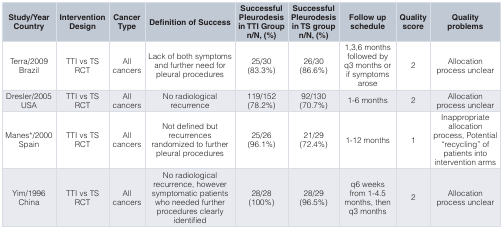
| Study/YearCountry | InterventionDesign | CancerType | Definition of Success | SuccessfulPleurodesisin TTI Groupn/N, (%) | SuccessfulPleurodesisin TS groupn/N, (%) | Follow upschedule | Qualityscore | Qualityproblems |
 | --- | --- | --- | --- | --- | --- | --- | --- | --- |
 | Terra/2009Brazil | TTI vs TSRCT | Allcancers | Lack of both symptomsand further need forpleural procedures | 25/30(83.3%) | 26/30(86.6%) | 1,3,6 monthsfollowed byq3 months orif symptomsarose | 2 | Allocationprocess unclear |
 | Dresler/2005USA | TTI vs TSRCT | Allcancers | No radiologicalrecurrence | 119/152(78.2%) | 92/130(70.7%) | 1-6 months | 2 | Allocationprocess unclear |
 | Manes*/2000Spain | TTI vs TSRCT | Allcancers | Not defined butrecurrencesrandomized to furtherpleural procedures | 25/26(96.1%) | 21/29(72.4%) | 1-12 months | 1 | Inappropriateallocationprocess, Potential“recycling” ofpatients intointervention arms |
 | Yim/1996China | TTI vs TSRCT | Allcancers | No radiologicalrecurrence, howeversymptomatic patientswho needed furtherprocedures clearlyidentified | 28/28(100%) | 28/29(96.5%) | q6 weeksfrom 1-4.5months, thenq3 months | 2 | Allocationprocess unclear |